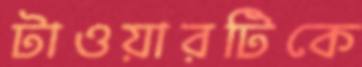
টাওয়ারটিকে